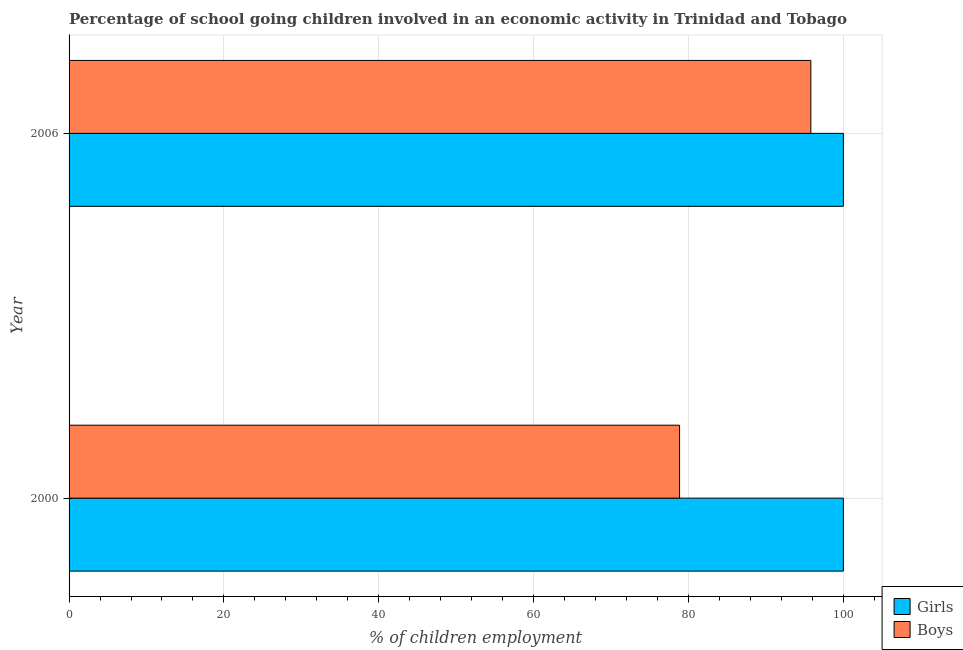
| Year | Girls | Boys |
 | --- | --- | --- |
 | 2000 | 100 | 78.8 |
 | 2006 | 100 | 95.8 |